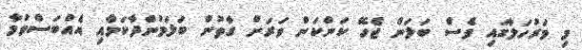
މި މަރުހަލާގައި ވެސް ބަލަން ޖެހޭ ކަންކަން ވަރަށް ގާތުން ބަލަމުންދާކަމާއި އެއްބަސްވުމާ